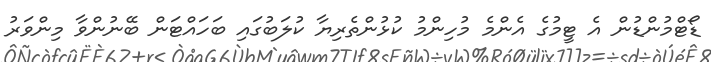
ޑޯޓްމުންޑުން އެ ޓީމުގެ އެންމެ މުހިންމު ކުޅުންތެރިޔާ ކުލަބުގައި ބަހައްޓަން ބޭނުންވާ މިންވަރު